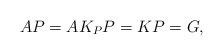
LaTeX: \begin{align*}AP=AK_{P}P=KP=G,\end{align*}